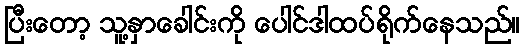
ပြီးတော့ သူ့နှာခေါင်းကို ပေါင်ဒါထပ်ရိုက်နေသည်။